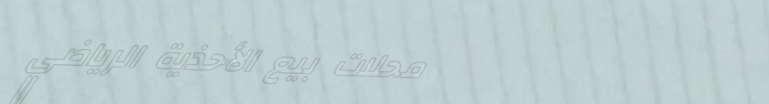
محلات بيع الأحذية الرياضي